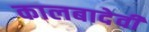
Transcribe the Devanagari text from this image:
कालबादेवी